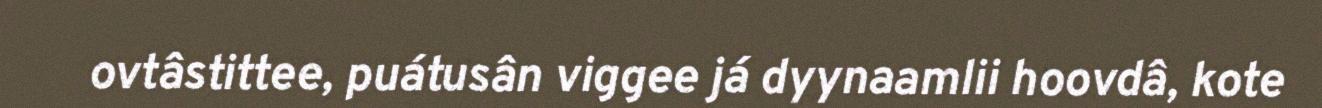
ovtâstittee, puátusân viggee já dyynaamlii hoovdâ, kote